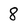
Character: 8